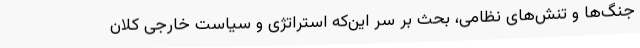
جنگ‌ها و تنش‌های نظامی، بحث بر سر این‌که استراتژی و سیاست خارجی کلان